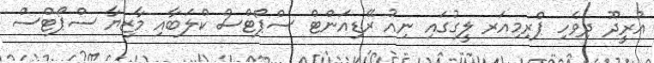
އުރީދޫ ދިވެހި ޕްރިމިއަރ ލީގުގައި ނިއު ރޭޑިއަންޓް ސްޕޯޓްސް ކްލަބާއި މާޒިޔާ ސްޕޯޓްސް